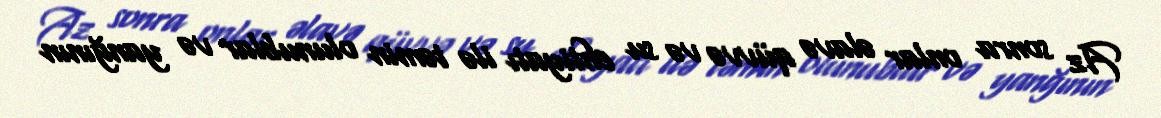
Az sonra onlar əlavə qüvvə və su ehtiyatı ilə təmin olunublar və yanğının